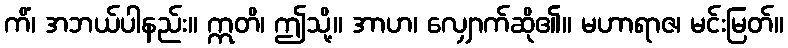
ကိံ၊ အဘယ်ပါနည်း။ ဣတိ၊ ဤသို့။ အာဟ၊ လျှောက်ဆို၏။ မဟာရာဇ၊ မင်းမြတ်။